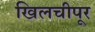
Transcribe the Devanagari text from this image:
खिलचीपूर